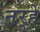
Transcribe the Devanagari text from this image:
नर्‍हे